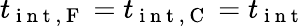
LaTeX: t_{\mathrm{~i~n~t~,~F~}}=t_{\mathrm{~i~n~t~,~C~}}=t_{\mathrm{~i~n~t~}}